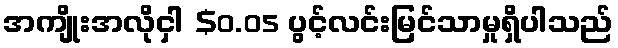
အကျိုးအလိုငှါ $0.05 ပွင့်လင်းမြင်သာမှုရှိပါသည်